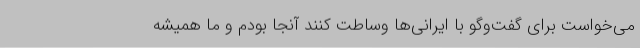
می‌خواست برای گفت‌وگو با ایرانی‌ها وساطت کنند آنجا بودم و ما همیشه